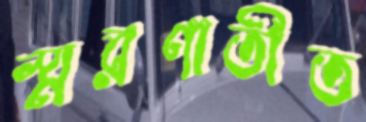
স্মরণাতীত